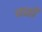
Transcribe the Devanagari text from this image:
वाहाँ